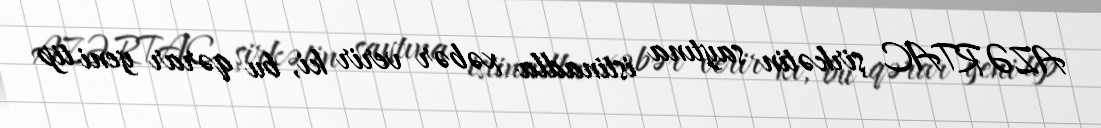
AZƏRTAC şirkətin saytına istinadla xəbər verir ki, bu qərar yeni tip